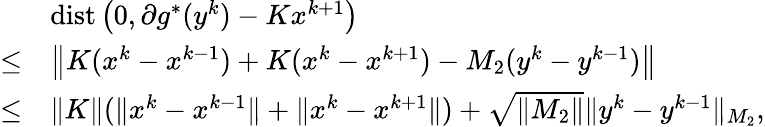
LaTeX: \begin{array}{rl}{}&{\mathrm{dist}\left(0,\partial g^{*}(y^{k})-Kx^{k+1}\right)}\\ {\leq}&{\left\| K(x^{k}-x^{k-1})+K(x^{k}-x^{k+1})-M_{2}(y^{k}-y^{k-1})\right\| }\\ {\leq}&{\| K\| (\| x^{k}-x^{k-1}\| +\| x^{k}-x^{k+1}\| )+\sqrt{\| M_{2}\| }\| y^{k}-y^{k-1}\| _{M_{2}},}\end{array}